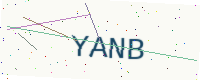
Text: YANB